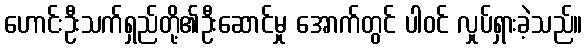
ဟောင်းဦးသက်ရှည်တို့၏ဦးဆောင်မှု အောက်တွင် ပါဝင် လှုပ်ရှားခဲ့သည်။